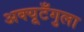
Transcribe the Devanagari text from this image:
अक्यूटँगुला